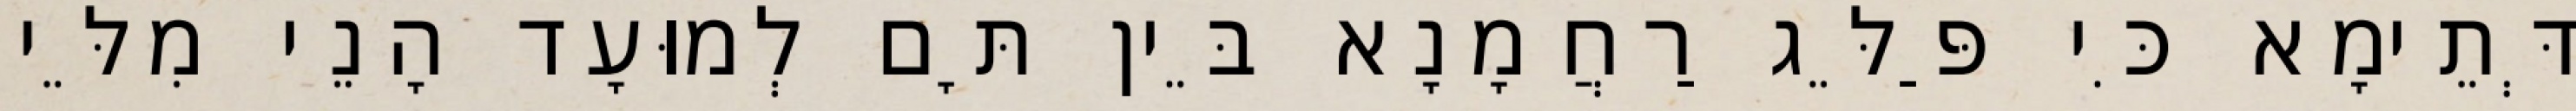
דְּתֵימָא כִּי פַּלֵּג רַחֲמָנָא בֵּין תָּם לְמוּעָד הָנֵי מִלֵּי